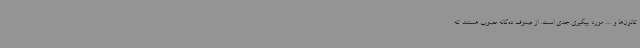
کانون‌ها و ... مورد پیگیری جدی است. از صنوف ده‌گانه مصوب هستند که